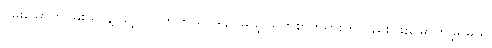
ဝမ်းမြောက်ဝမ်းသာနဲ့ ခွင့်ပြုလိုက်တယ်၊ ဒါပေမယ့် မြတ်စွာဘုရားကိုလည်း ဖူးမြောက်ခဲ့ရမယ်